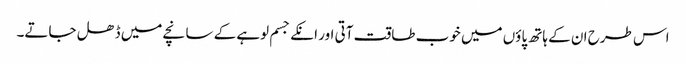
اس طرح ان کے ہاتھ پاؤں میں خوب طاقت آتی اور انکے جسم لوہے کے سانچے میں ڈھل جاتے۔